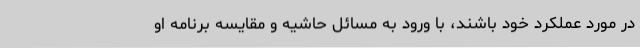
در مورد عملکرد خود باشند، با ورود به مسائل حاشیه و مقایسه برنامه او